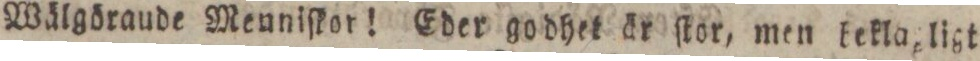
Wälgöraude Meuniſkor! Eder go dhet är ſtor, men bekla, ligt